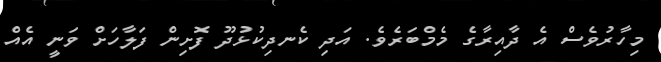
މިހާރުވެސް އެ ދާއިރާގެ މެމްބަރެވެ. އަދި ކެނދިކުޅުދޫ ފޮށިން ފަލާހަށް ވަނީ އެއް